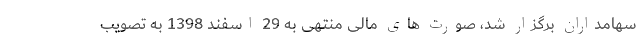
سهامداران برگزار شد، صورت های مالی منتهی به 29 اسفند 1398 به تصویب